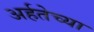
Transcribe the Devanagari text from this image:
अर्हतेच्या